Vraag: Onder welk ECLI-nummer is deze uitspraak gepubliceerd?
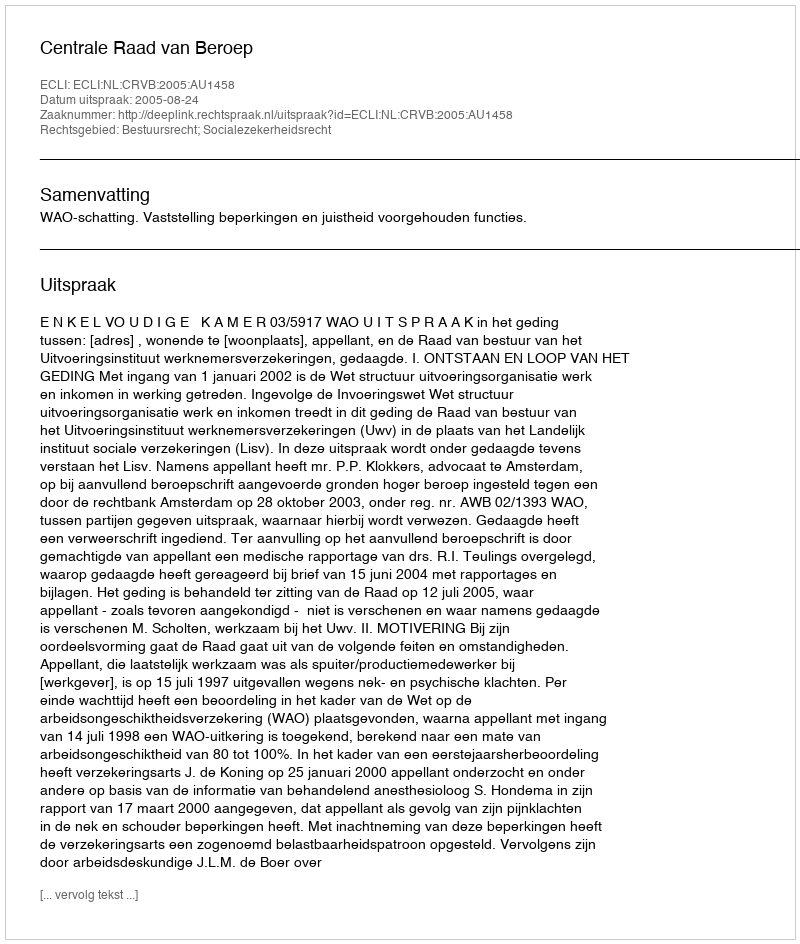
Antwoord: ECLI:NL:CRVB:2005:AU1458